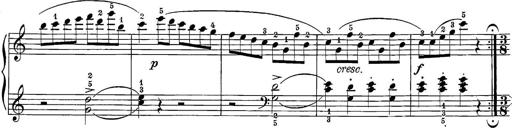
Title: 12 Sonatine per Pianoforte
Composer: Friedrich Kuhlau